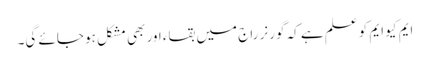
ایم کیو ایم کو علم ہے کہ گورنر راج میں بقاء اور بھی مشکل ہو جائے گی۔